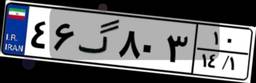
۴۶گ۸۰۳۱۰